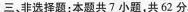
三，非选择题：本题共7小题，共62分。